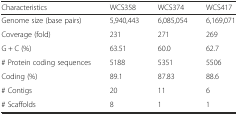
| Characteristics | WCS358 | WCS374 | WCS417 |
 | --- | --- | --- | --- |
 | Genome size (base pairs) | 5,940,443 | 6,085,054 | 6,169,071 |
 | Coverage (fold) | 231 | 271 | 269 |
 | G + C (%) | 63.51 | 60.0 | 62.7 |
 | # Protein coding sequences | 5188 | 5351 | 5506 |
 | Coding (%) | 89.1 | 87.83 | 88.6 |
 | # Contigs | 20 | 11 | 6 |
 | # Scaffolds | 8 | 1 | 1 |